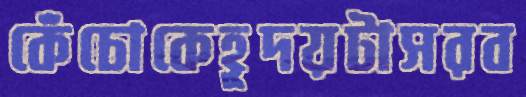
কেঁচোকেহূদয়টাসরব